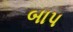
બાપ